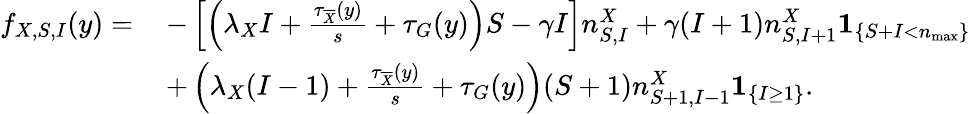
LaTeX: \begin{array}{rl}{f_{X,S,I}(y)=\, }&{-\left[\left(\lambda_{X}I+\frac{\tau_{\overline{{X}}}(y)}{s}+\tau_{G}(y)\right)S-\gamma I\right]n_{S,I}^{X}+\gamma(I+1)n_{S,I+1}^{X}\mathbf{1}_{\left\{ S+I<n_{\operatorname*{max}}\right\} }}\\ {\, }&{+\left(\lambda_{X}(I-1)+\frac{\tau_{\overline{{X}}}(y)}{s}+\tau_{G}(y)\right)(S+1)n_{S+1,I-1}^{X}\mathbf{1}_{\left\{ I\geq 1\right\} }.}\end{array}